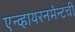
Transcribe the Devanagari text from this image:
एन्व्हायरनमेन्टची